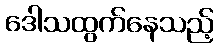
ဒေါသထွက်နေသည့်